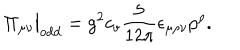
\Pi _ { \mu \nu } \big | _ { \mathrm { o d d } } = g ^ { 2 } c _ { v } \frac { 5 } { 1 2 \pi } \epsilon _ { \mu \rho \nu } p ^ { \rho } .